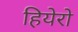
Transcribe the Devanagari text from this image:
हियेरो